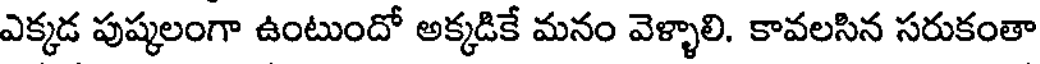
ఎక్కడ పుష్కలంగా ఉంటుందో అక్కడికే మనం వెళ్ళాలి. కావలసిన సరుకంతా